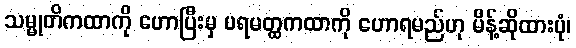
သမ္မုတိကထာကို ဟောပြီးမှ ပရမတ္ထကထာကို ဟောရမည်ဟု မိန့်ဆိုထားပုံ၊